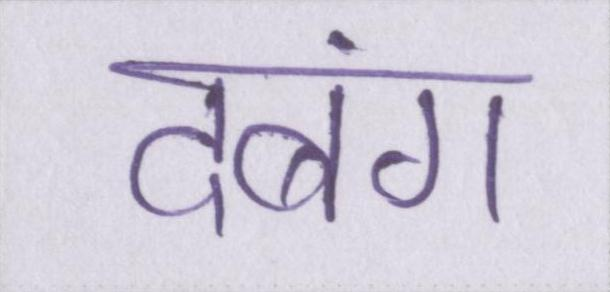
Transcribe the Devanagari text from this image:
दबंग